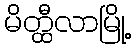
မိတ္ထီလာမြို့